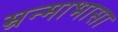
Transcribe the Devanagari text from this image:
म्रन्माभासा